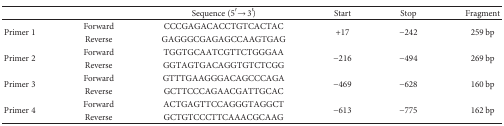
<table><thead><tr><td></td><td></td><td><b>Sequence (5′ → 3′)</b></td><td><b>Start</b></td><td><b>Stop</b></td><td><b>Fragment</b></td></tr></thead><tbody><tr><td rowspan="2">Primer 1</td><td>Forward</td><td>CCCGAGACACCTGTCACTAC</td><td rowspan="2">+17</td><td rowspan="2">−242</td><td rowspan="2">259 bp</td></tr><tr><td>Reverse</td><td>GAGGGCGAGAGCCAAGTGAG</td></tr><tr><td rowspan="2">Primer 2</td><td>Forward</td><td>TGGTGCAATCGTTCTGGGAA</td><td rowspan="2">−216</td><td rowspan="2">−494</td><td rowspan="2">269 bp</td></tr><tr><td>Reverse</td><td>GGTAGTGACAGGTGTCTCGG</td></tr><tr><td rowspan="2">Primer 3</td><td>Forward</td><td>GTTTGAAGGGACAGCCCAGA</td><td rowspan="2">−469</td><td rowspan="2">−628</td><td rowspan="2">160 bp</td></tr><tr><td>Reverse</td><td>GCTTCCCAGAACGATTGCAC</td></tr><tr><td rowspan="2">Primer 4</td><td>Forward</td><td>ACTGAGTTCCAGGGTAGGCT</td><td rowspan="2">−613</td><td rowspan="2">−775</td><td rowspan="2">162 bp</td></tr><tr><td>Reverse</td><td>GCTGTCCCTTCAAACGCAAG</td></tr></tbody></table>